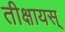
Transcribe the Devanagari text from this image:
तीक्षायस्